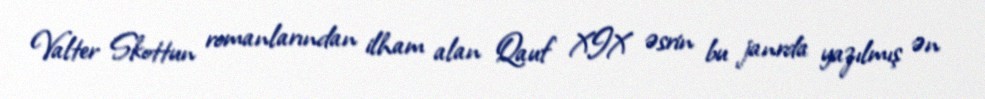
Valter Skottun romanlarından ilham alan Qauf XIX əsrin bu janrda yazılmış ən